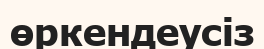
өркендеусіз